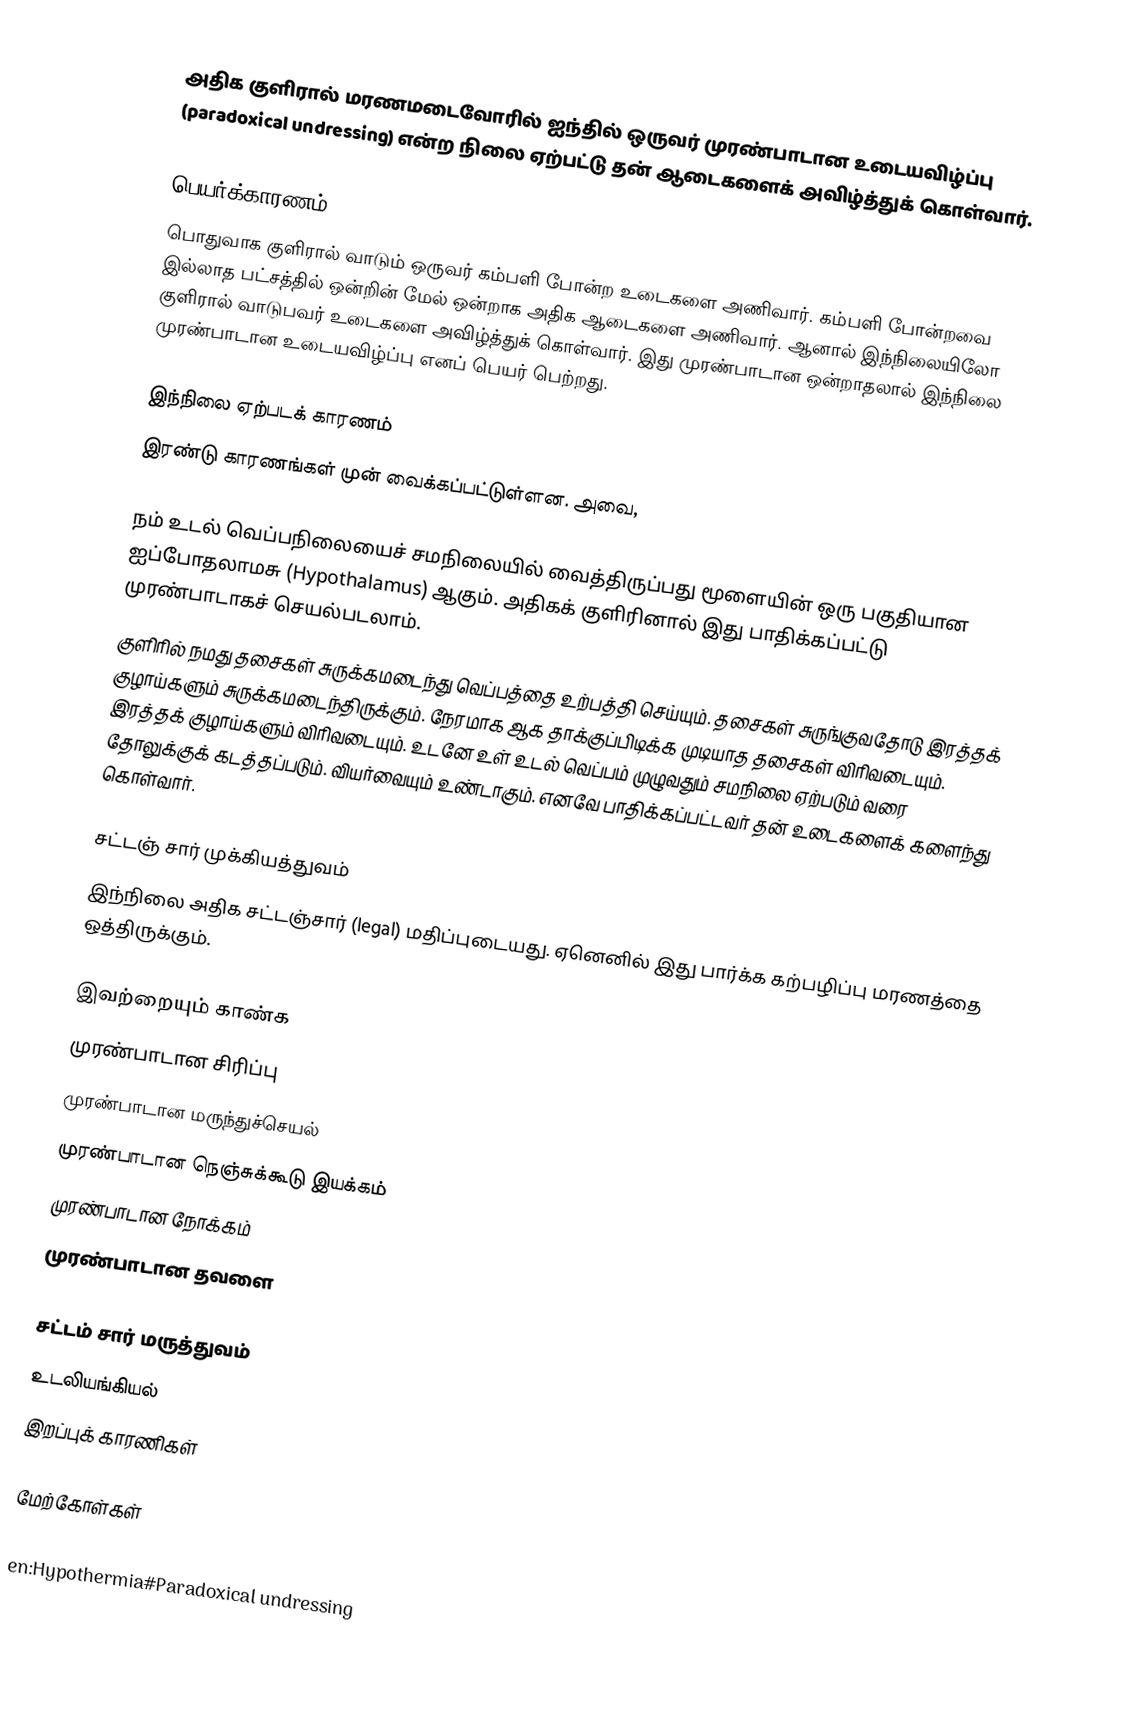
அதிக குளிரால் மரணமடைவோரில் ஐந்தில் ஒருவர் முரண்பாடான உடையவிழ்ப்பு (paradoxical undressing) என்ற நிலை ஏற்பட்டு தன் ஆடைகளைக் அவிழ்த்துக் கொள்வார்.

பெயர்க்காரணம்
பொதுவாக குளிரால் வாடும் ஒருவர் கம்பளி போன்ற உடைகளை அணிவார். கம்பளி போன்றவை இல்லாத பட்சத்தில் ஒன்றின் மேல் ஒன்றாக அதிக ஆடைகளை அணிவார். ஆனால் இந்நிலையிலோ குளிரால் வாடுபவர் உடைகளை அவிழ்த்துக் கொள்வார். இது முரண்பாடான ஒன்றாதலால் இந்நிலை முரண்பாடான உடையவிழ்ப்பு எனப் பெயர் பெற்றது.

இந்‌நிலை ஏற்படக் காரணம்
இரண்டு காரணங்கள் முன் வைக்கப்பட்டுள்ளன. அவை,

 நம் உடல் வெப்பநிலையைச் சமநிலையில் வைத்திருப்பது மூளையின் ஒரு பகுதியான ஐப்போதலாமசு (Hypothalamus) ஆகும். அதிகக் குளிரினால் இது பாதிக்கப்பட்டு முரண்பாடாகச் செயல்படலாம்.
 குளிரில் நமது தசைகள் சுருக்கமடைந்து வெப்பத்தை உற்பத்தி செய்யும். தசைகள் சுருங்குவதோடு இரத்தக் குழாய்களும் சுருக்கமடைந்திருக்கும். நேரமாக ஆக  தாக்குப்பிடிக்க முடியாத தசைகள் விரிவடையும். இரத்தக் குழாய்களும் விரிவடையும். உடனே உள் உடல் வெப்பம் முழுவதும் சமநிலை ஏற்படும் வரை தோலுக்குக் கடத்தப்படும். வியர்வையும் உண்டாகும். எனவே பாதிக்கப்பட்டவர் தன் உடைகளைக் களைந்து கொள்வார்.

சட்டஞ் சார் முக்கியத்துவம்
இந்‌நிலை அதிக சட்டஞ்சார் (legal) மதிப்புடையது. ஏனெனில் இது பார்க்க கற்பழிப்பு மரணத்தை ஒத்திருக்கும்.

இவற்றையும் காண்க
முரண்பாடான சிரிப்பு
முரண்பாடான மருந்துச்செயல்
முரண்பாடான நெஞ்சுக்கூடு இயக்கம்
முரண்பாடான நோக்கம்
முரண்பாடான தவளை

சட்டம் சார் மருத்துவம்
உடலியங்கியல்
இறப்புக் காரணிகள்

மேற்கோள்கள்

en:Hypothermia#Paradoxical undressing